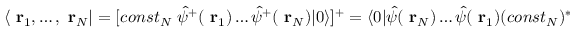
\langle \mathrm { \bf ~ r } _ { 1 } , \dots , \mathrm { \bf ~ r } _ { N } | = [ c o n s t _ { N } \ \hat { \psi } ^ { + } ( \mathrm { \bf ~ r } _ { 1 } ) \dots \hat { \psi } ^ { + } ( \mathrm { \bf ~ r } _ { N } ) | 0 \rangle ] ^ { + } = \langle 0 | \hat { \psi } ( \mathrm { \bf ~ r } _ { N } ) \dots \hat { \psi } ( \mathrm { \bf ~ r } _ { 1 } ) ( c o n s t _ { N } ) ^ { * }